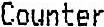
COUNTER